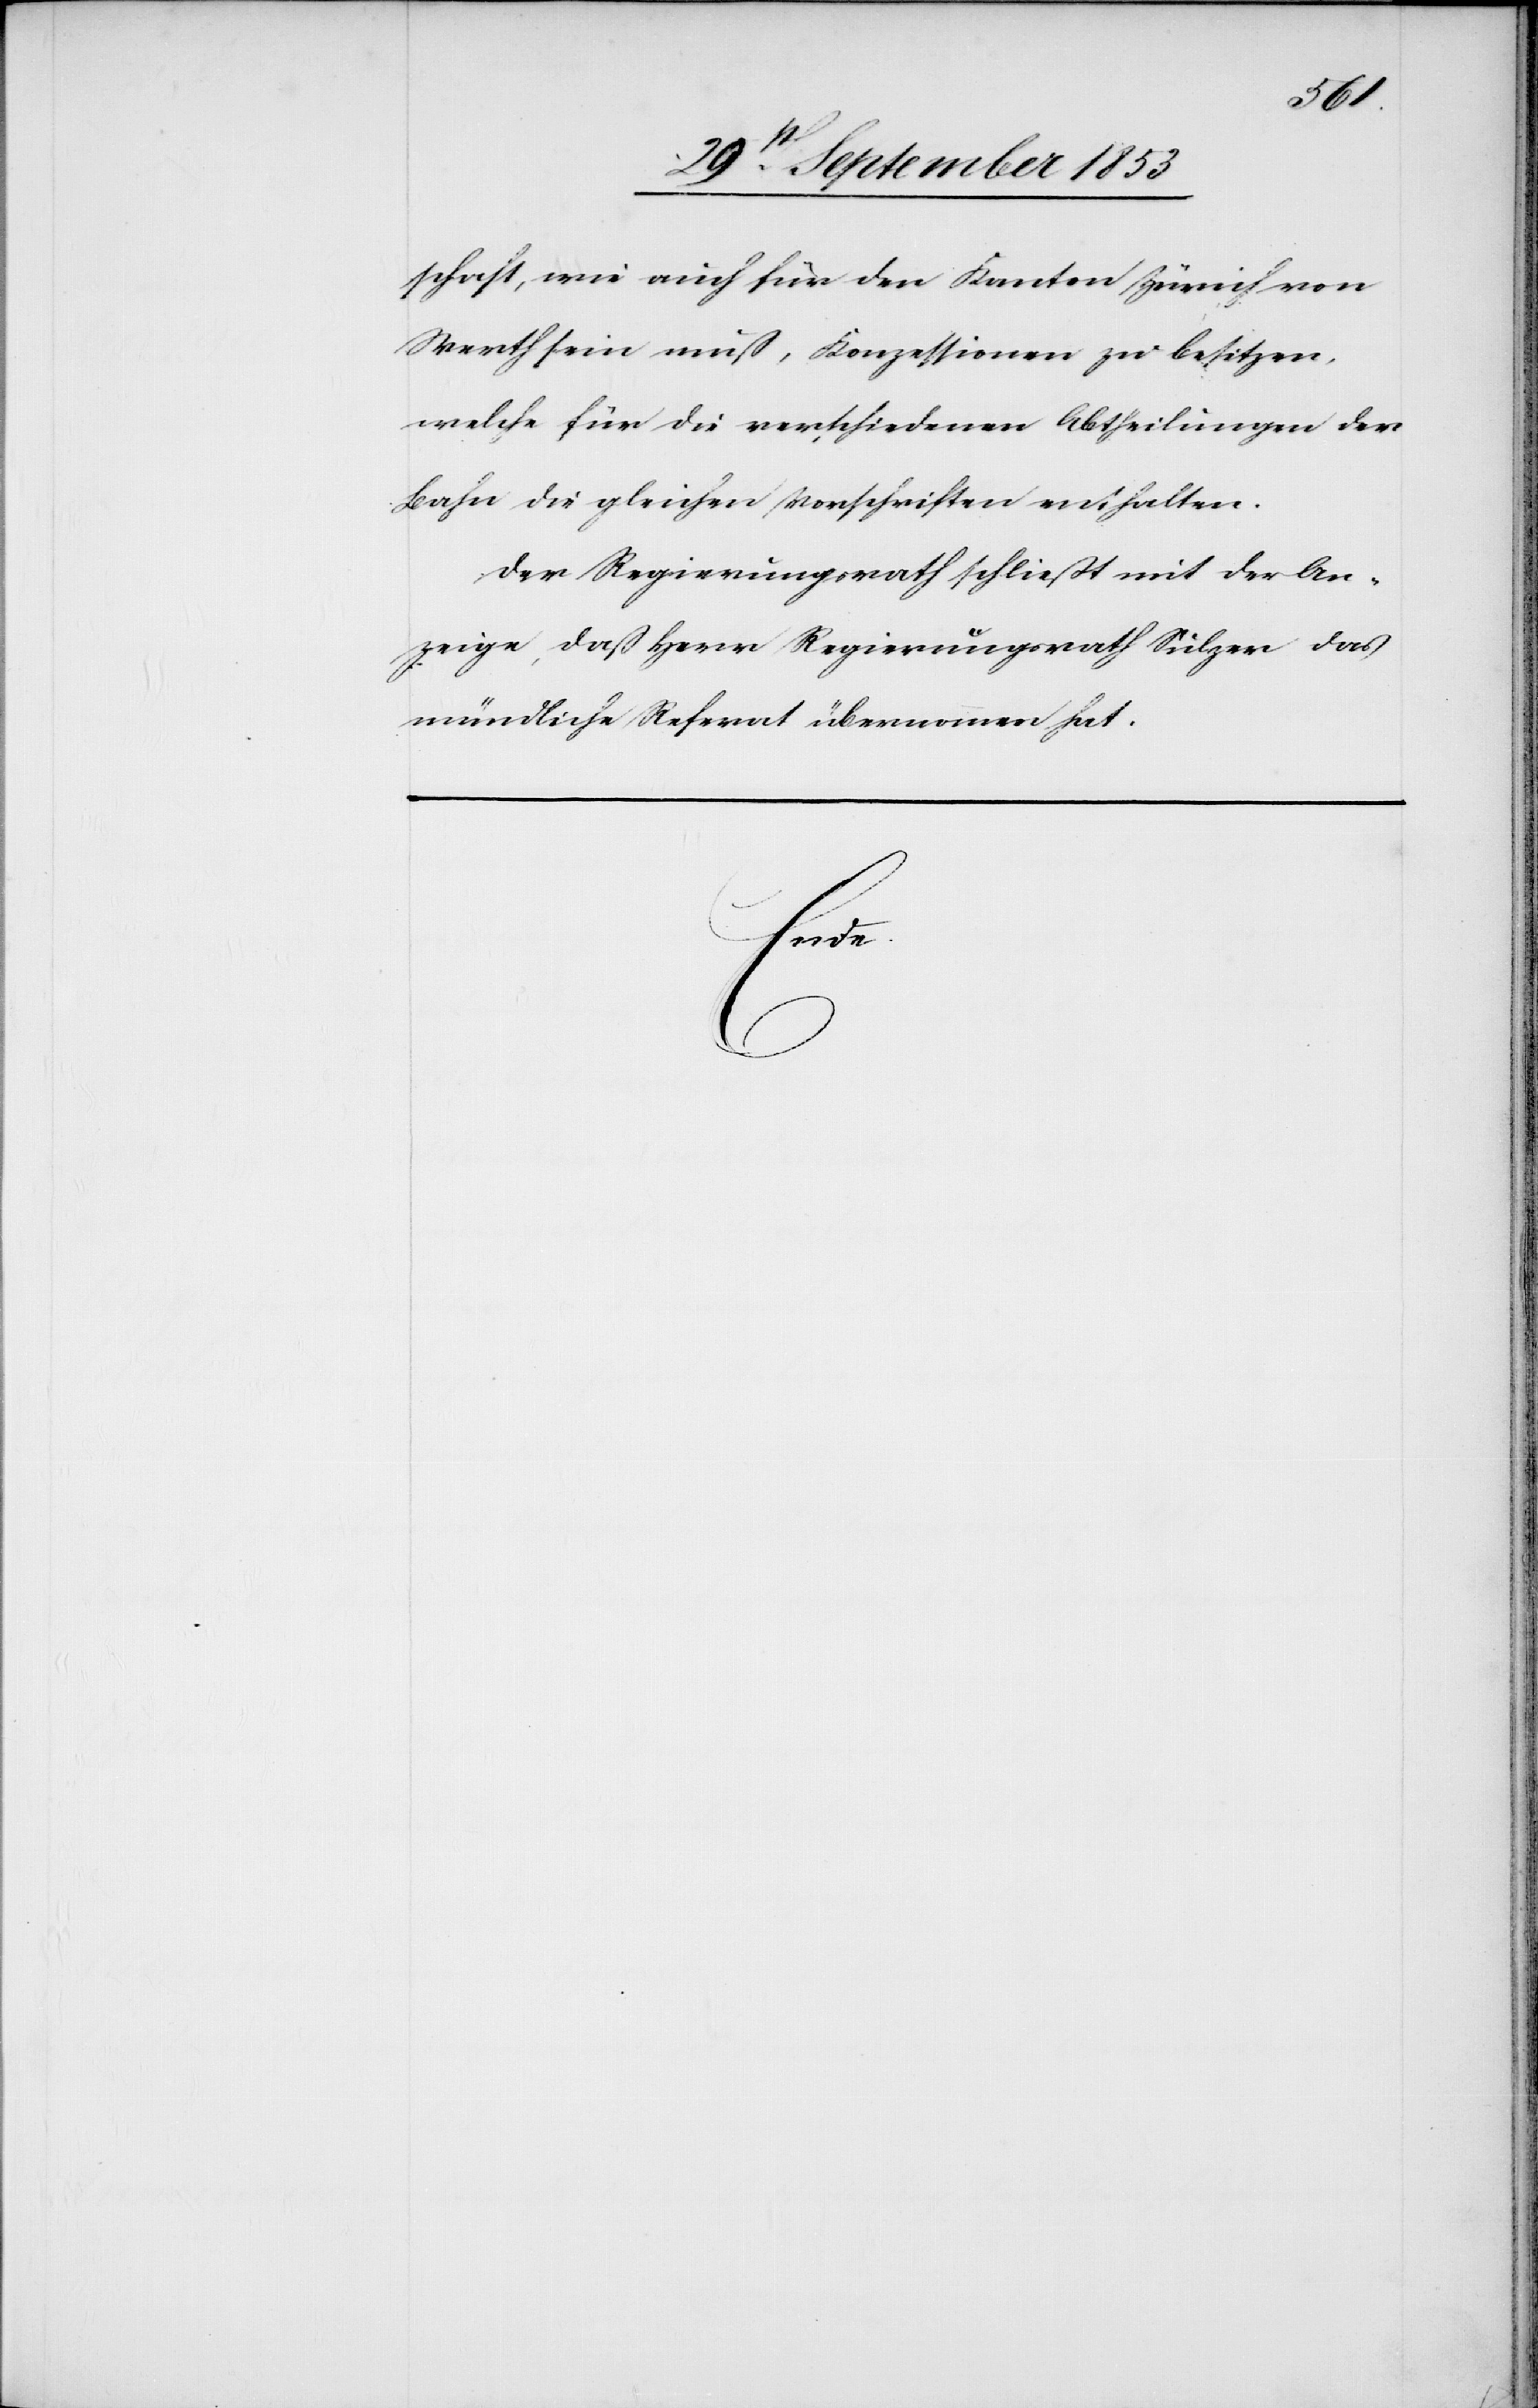
schaft, wie auch für den Kanton Zürich von
Werth sein muß, Konzessionen zu besitzen,
welche für die verschiedenen Abtheilungen der
Bahn die gleichen Vorschriften enthalten.
Der Regierungsrath schließt mit der An¬
zeige, daß Herr Regierungsrath Sulzer das
mündliche Referat übernommen hat.